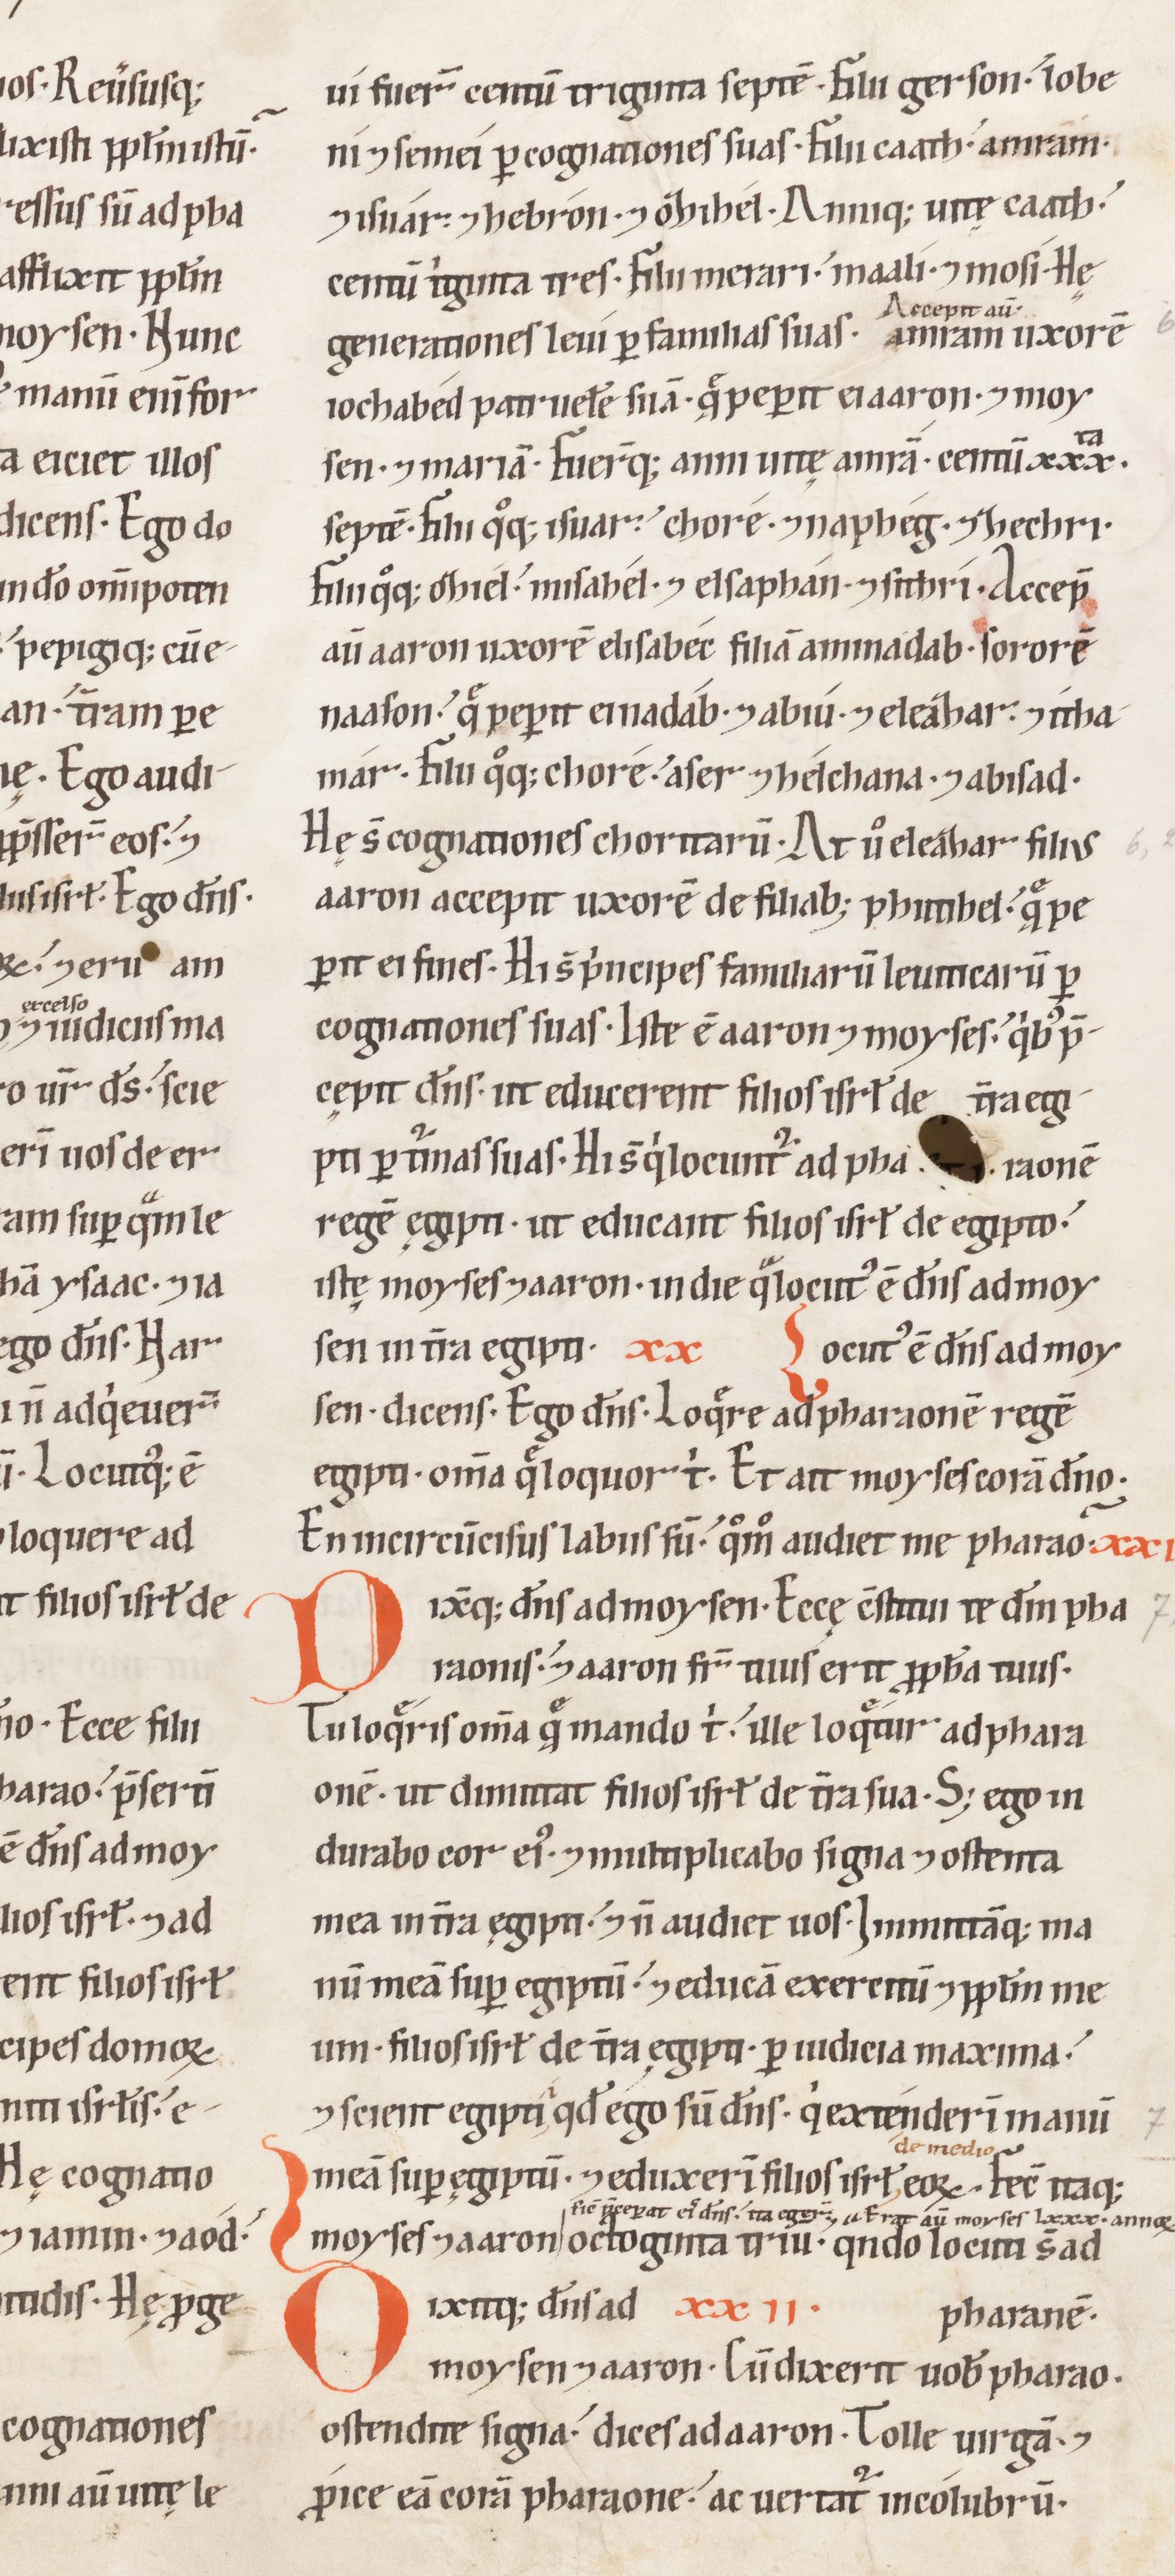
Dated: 1100–1199